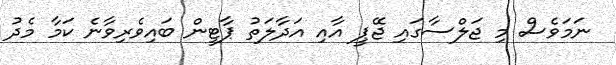
ނަމަވެސް މި ޖަލްސާގައި ޖޭޕީ އާއި އަދާލަތު ޕާޓީން ބައިވެރިވާނެ ކަމާ މެދު